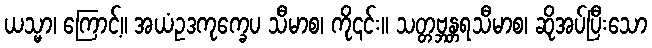
ယသ္မာ၊ ကြောင့်။ အယံဥဒကုက္ခေပ သီမာစ၊ ကို၎င်း။ သတ္တဗ္ဘန္တရသီမာစ၊ ဆိုအပ်ပြီးသော